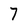
Character: 7